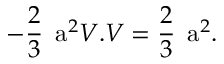
- \frac { 2 } { 3 } \mathrm { \Large ~ a } ^ { 2 } V . V = \frac { 2 } { 3 } \mathrm { \Large ~ a } ^ { 2 } .